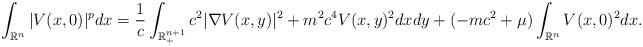
LaTeX: \begin{align*} \int_{\mathbb{R}^n} |V(x,0)|^p dx =\frac{1}{c} \int_{\mathbb{R}^{n+1}_{+}} c^2 |\nabla V(x,y)|^2 + m^2 c^4 V(x,y)^2 dx dy + (-mc^2 +\mu) \int_{\mathbb{R}^n}V(x,0)^2 dx.\end{align*}